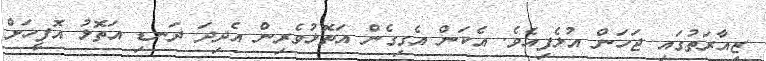
ޒިއާރަތުގައި ޖަހަން އުޅެފިއެވެ. އެކަން އެގިގެން އަތޮޅުވެރިން އެދިދަ ދަނޑި އަތޮޅު އޮފީހަށް